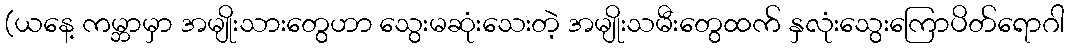
(ယနေ့ ကမ္ဘာမှာ အမျိုးသားတွေဟာ သွေးမဆုံးသေးတဲ့ အမျိုးသမီးတွေထက် နှလုံးသွေးကြောပိတ်ရောဂါ